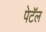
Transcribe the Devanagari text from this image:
पेटॅल